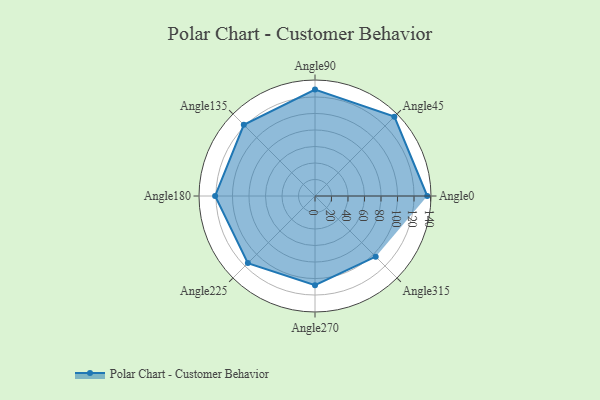
{"axis": {"x": "Angle", "y": "Radius"}, "legend": [""], "data": [{"x": "Angle0", "y": 136.0, "type": ""}, {"x": "Angle45", "y": 136.0, "type": ""}, {"x": "Angle90", "y": 129.0, "type": ""}, {"x": "Angle135", "y": 122.0, "type": ""}, {"x": "Angle180", "y": 121.0, "type": ""}, {"x": "Angle225", "y": 115.0, "type": ""}, {"x": "Angle270", "y": 108.0, "type": ""}, {"x": "Angle315", "y": 104.0, "type": ""}]}